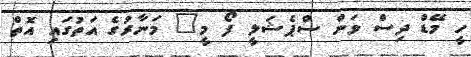
ހީ މޭޑް ދިސް ވަން ސްޕެޝަލީ ފޯ މީ" މަނާރުގެ އަތުގައި އޮތް